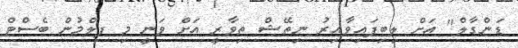
ޑަންގާލް" އަށް ލިބިފައިވާއިރު ނިތޭޝް ތިވާރީ އަށް ވަނީ މި ފިލްމުން ބެސްޓް